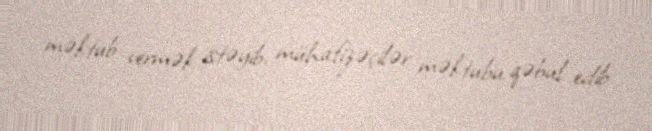
məktub vermək istəyib, mühafizəçilər məktubu qəbul edib.